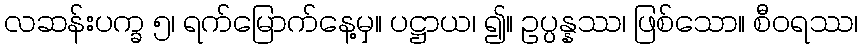
လဆန်းပက္ခ ၅၊ ရက်မြောက်နေ့မှ။ ပဋ္ဌာယ၊ ၍။ ဥပ္ပန္နဿ၊ ဖြစ်သော။ စီဝရဿ၊